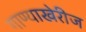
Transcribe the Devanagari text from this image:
गाण्याखेरीज